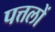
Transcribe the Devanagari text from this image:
पत्तलों